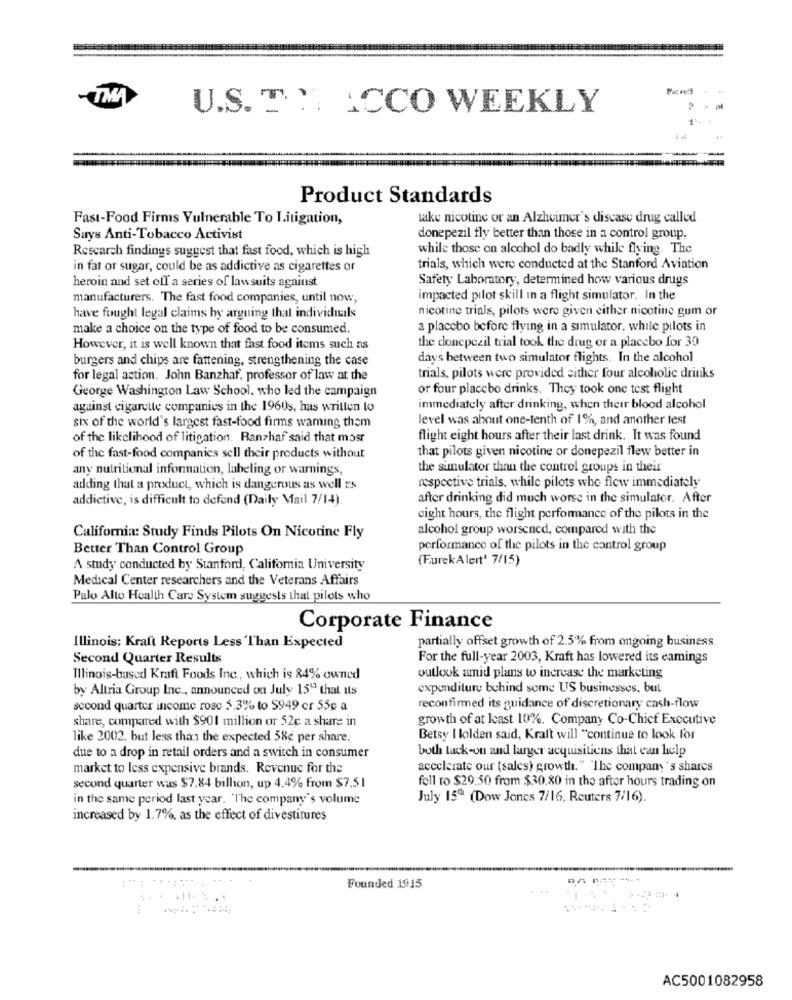
-TMA
U.S. T. ! ACCO WEEKLY
Product Standards
Fast-Food Firms Vulnerable To Litigation,
take nicotine or an Alzheimer's disease drug called
Says Anti-Tobacco Activist
donepezil fly better than those in a control group.
Research findings suggest that fast food, which is high
while those on alcohol do badly while flying. The
in far or sugar, could be as addictive as cigarettes or
trials, which were conducted at the Stanford Aviation
Safety Laboratory, determined how various drugs
heroin and set off a series of lawsuits against
manufacturers. The fast food companies, until now,
impacted pilot skill in a flight simulator. In the
nicotine trials, pilots were given either nicotine gum or
have fought legal claims hy arguing that individuals
make a choice on the type of food to be consumed.
a placebo before flying in a simulator. while pilots in
the clonepezil trial took the drug or a placebo for 30
However, it is well known that fast food items such as
burgers and chips are fattening, strengthening the case
days between two simulator flights. In the alcohol
for legal action. John Banzhaf, professor of law at the
trials, pilots were provided either four alcoholic drinks
or four placebo drinks. They took one test flight
George Washington Law School. who led the campaign
against cigarette companies in the 1960s, has written to
immediately after drinking, when their blood alcohol
level was about one-tenth of 1%, and another test
six of the world's largest fast-food firms waming them
of the likelihood of litigation. Ranzhaf said that most
flight eight hours after their last drink. It was found
that pilots given nicotine or donepezil flew better in
of the fast-food companies sell their products without
any nutritional information, labeling or warnings,
the simulator than the control groups in their
adding that a product, which is dangerous as well es
respective trials, while pilots whe flew immediately
addictive, is difficult to defond (Daily Mail 7/14).
after drinking did much worse in the simulator. After
eight hours, the flight performance of the pilots in the
alcohol group worsened, compared with the
California: Study Finds Pilots On Nicotine Fly
Better Than Control Group
performance of the pilots in the control group
(EurekAlert' 7/15)
A study conducted by Stanford, California University
Medical Center researchers and the Veterans Affairs
Palo Alto Health Care System suggests that pilots who
Corporate Finance
partially offset growth of 2.5% from ongoing business.
Illinois: Kraft Reports Less Than Expected
Second Quarter Results
For the full-year 2003, Kraft has lowered its eamings
Illinois-based Kraft Foods Inc, which is 84% owned
outlook amid plans to increase the marketing
by Altria Group Inc ., announced on July 15" that its
expenditure behind some US businesses. but
second quarter income rose 5.3% to S949 er 55g a
reconfirmed its guidance of discretionary cash-flow
share, compared with $901 million or 52c a share in
growth of at least 10%. Company Co-Chief Executive
like 2002. but less than the expected 58e per share,
Betsy I lolden said, Kraft will "continue to look for
both tack-on and larger acquisitions that can help
due to a drop in retail orders and a switch in consumer
market to less expensive brands. Revenue for the
accelerate our (sales) growth." "The company 's shares
second quarter was $7.84 billion, up 4.4% from $7,51
foll ro $29,50 from $30,80 in the after hours trading on
in the same period last year. "The company's volume
July 15ª (Dow Jones 7/16, Reuters 7/16).
increased by 1.7%, as the effect of divestitures
Founded 1915
AC5001082958